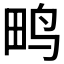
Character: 𮴿